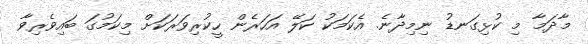
މާދަމާ މި ކުޅިގަނޑު ނިމިދާނެ. އެކަމަކު ކަލޭ އަހަރެން ހީކުރިވަރަކަށް މިކަމުގަ ބައިވެރިވާ